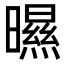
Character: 㬤